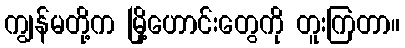
ကျွန်မတို့က မြို့ဟောင်းတွေကို တူးကြတာ။